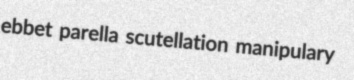
ebbet parella scutellation manipulary